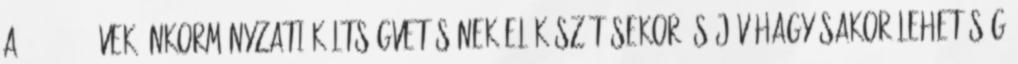
a 2000-2002 évek önkormányzati költségvetésének előkészítésekor és jóváhagyásakor lehetőség